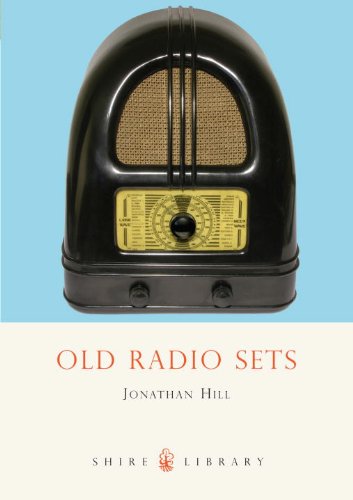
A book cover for Old Radio Sets (Shire Library); Jonathan Hill; Crafts, Hobbies & Home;